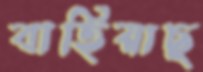
বাহিয়াছ